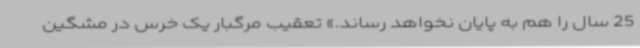
25 سال را هم به پایان نخواهد رساند.» تعقیب مرگبار یک خرس در مشگین